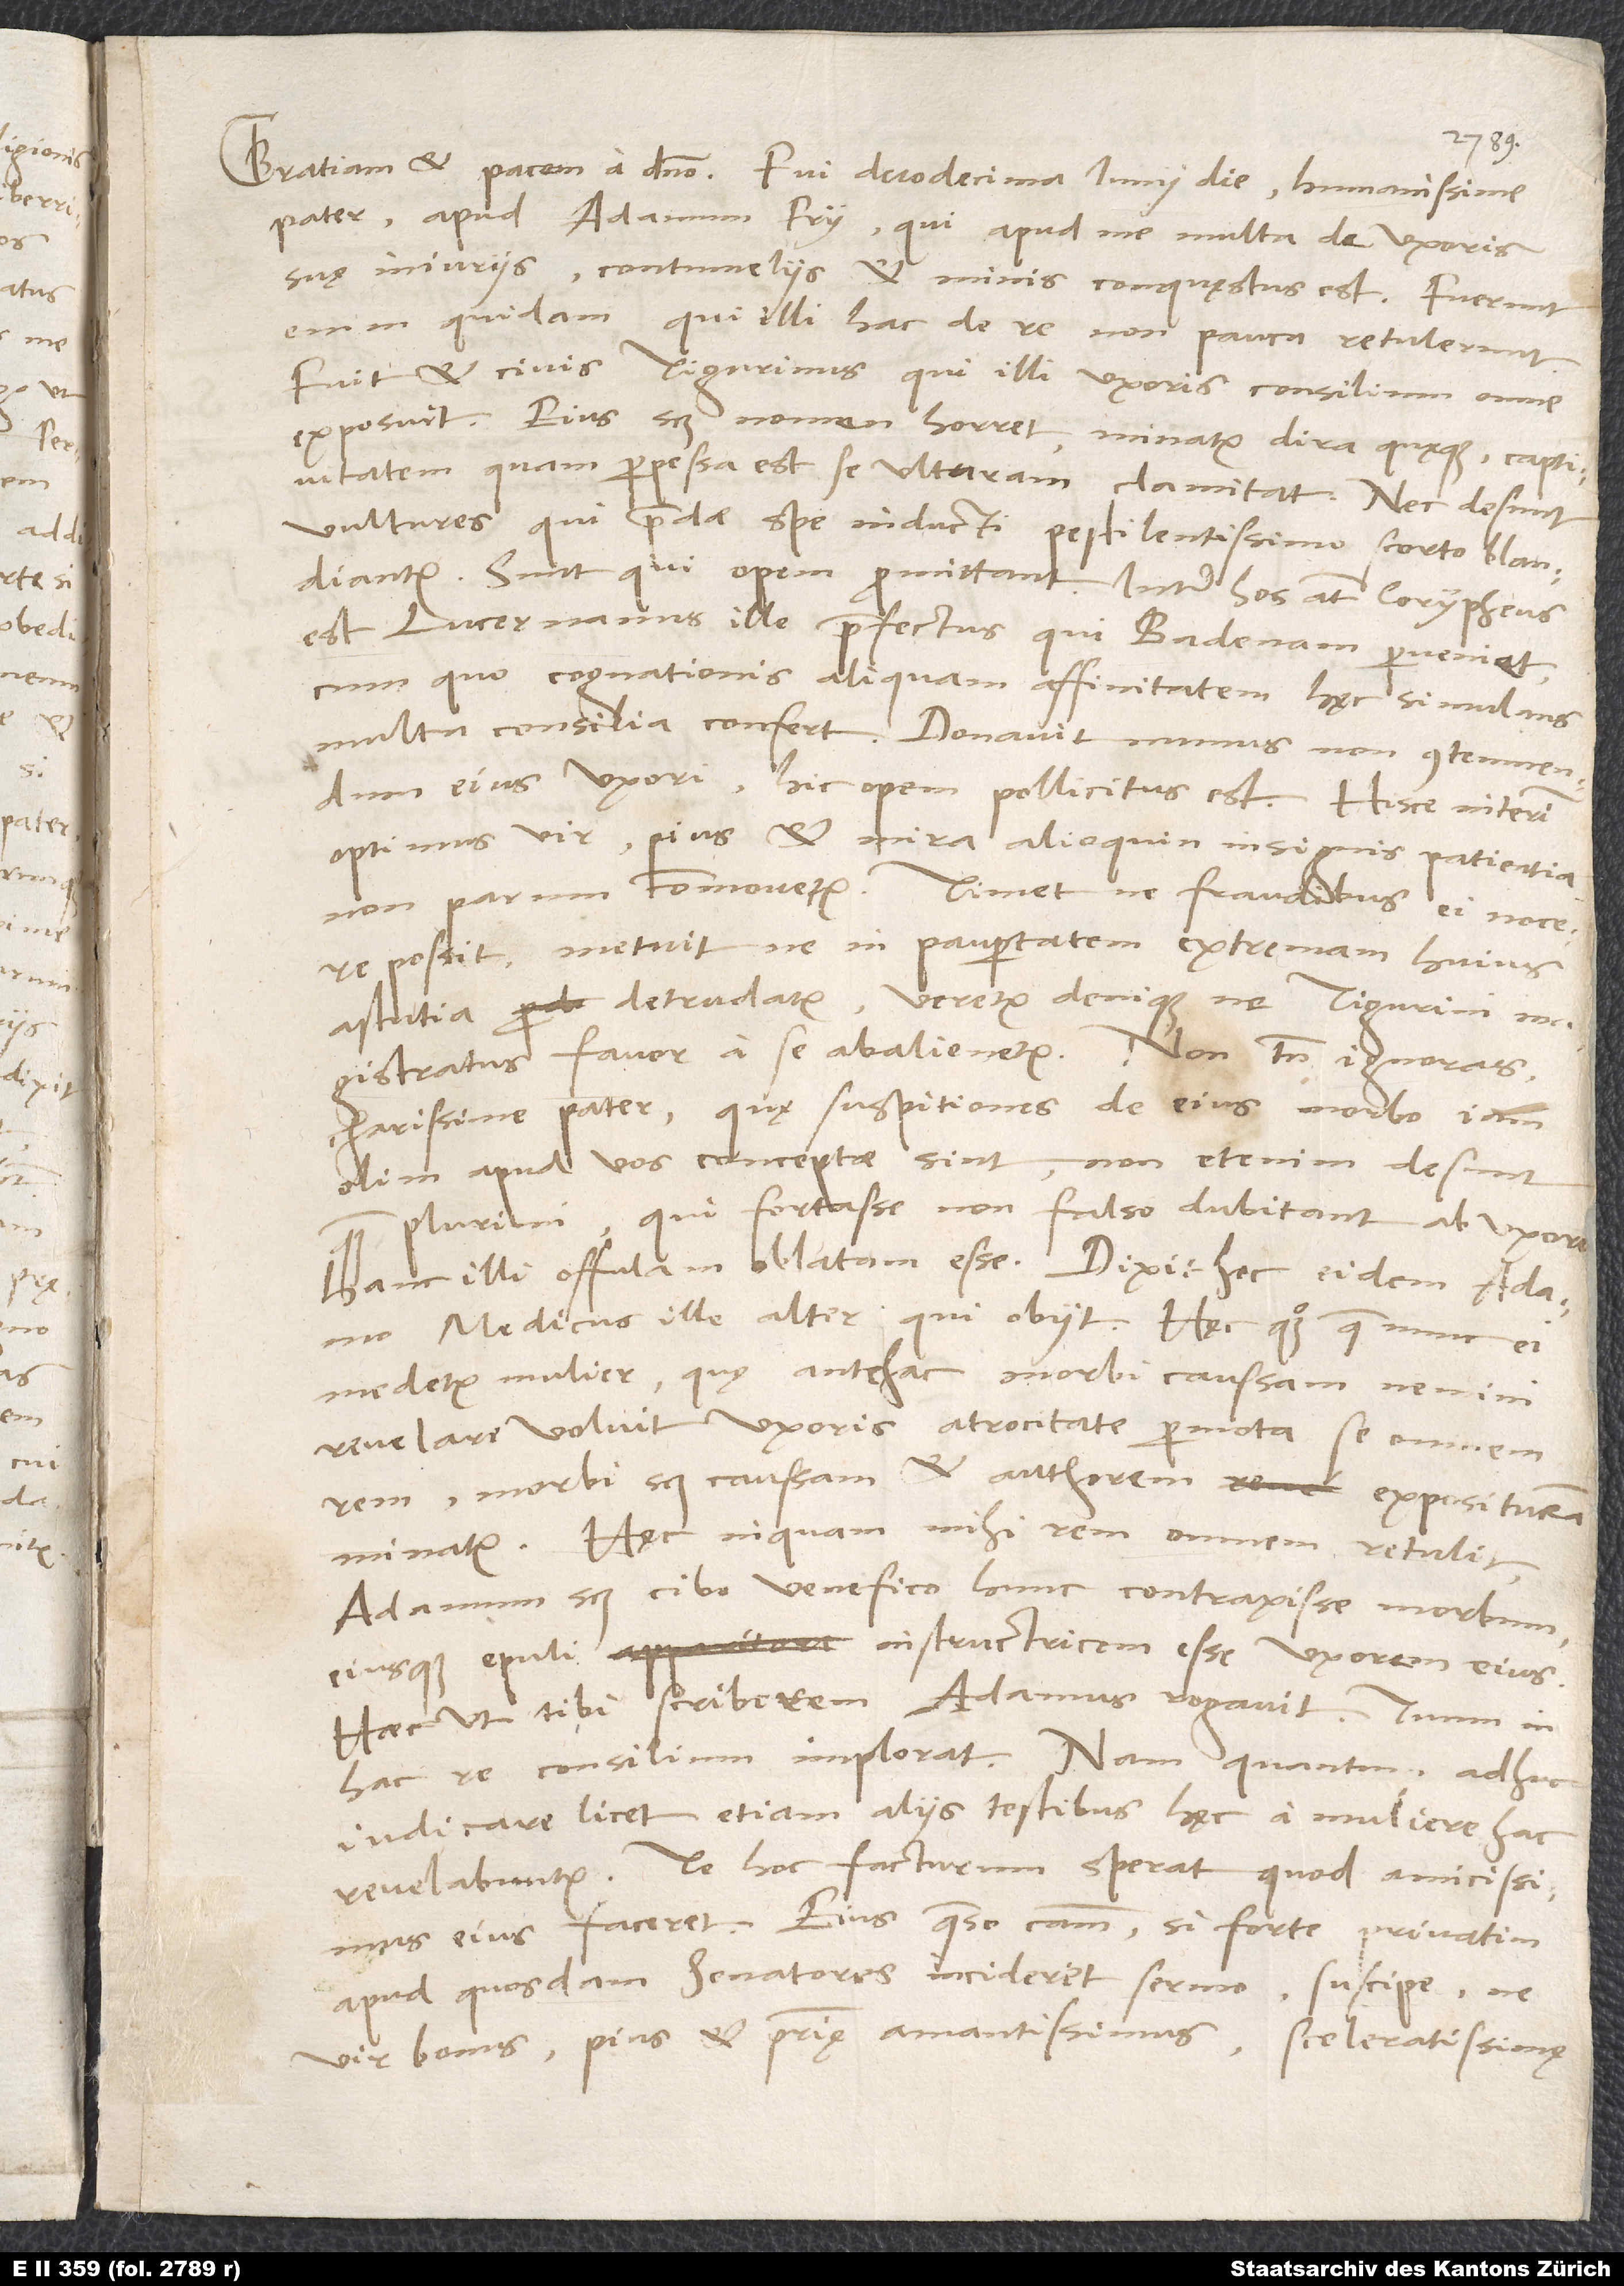
1539.
pater, apud Adamum Fry, qui apud me multa de uxoris
suę iniuriis, contumeliis et minis conquęstus est. Fuerunt
enim quidam, qui illi hac de re non pauca retulerunt.
Fuit et civis Tigurinus, qui illi uxoris consilium omne
exposuit; eius scilicet nomen horret, minatur dira quęque, captivitatem,
quam perpessa est, se ulturam clamitat. Nec desunt
vultures, qui praedae spe inducti pestilentissimo scorto blandiantur.
Sunt, qui opem promittant. Inter hos autem corypheus
est Lucernanus ille praefectus, qui Badenam perveniet,
cum quo cognationis aliquam affinitatem hęc simulans
multa consilia confert. Donavit munus non contemnendum
eius uxori. Hic opem pollicitus est. Hisce interim
optimus vir, pius et mira alioquin insignis patientia,
non parum commovetur. Timet, ne fraudibus ei nocere
possit, metuit, ne in paupertatem extremam huius
astutia detrudatur, veretur denique, ne Tigurini
magistratus favor a se abalienetur. Non tamen ignoras,
charissime pater, quę suspitiones de eius morbo iam
olim apud vos conceptae sint; non etenim desunt
quam plurimi, qui fortasse non falso dubitant ab uxore
hanc illi offulam oblatam esse. Dixit hec eidem Adamo
medicus ille alter, qui obiit. Hęc quoque, quae nunc ei
medetur mulier, quę antehac morbi caussam nemini
revelare voluit, uxoris atrocitate permota se omnem
rem, morbi scilicet caussam et authorem, exposituram
Hęc, inquam, mihi rem omnem retulit,
Adamum scilicet cibo venefico hunc contraxisse morbum
eiusque epuli instructricem esse uxorem eius.
Haec ut tibi scriberem, Adamus rogavit. Tuum in
hac re consilium implorat. Nam quantum adhuc
iudicare licet, etiam aliis testibus hęc a muliere hac
revelabuntur. Te hoc facturum sperat, quod amicissimus
eius faceret. Eius, quaeso, causam, si forte privatim
apud quosdam senatores inciderit sermo, suscipe, ne
vir bonus, pius et patrię amantissimus sceleratissimę